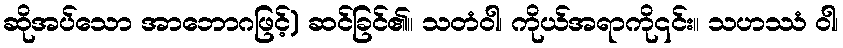
ဆိုအပ်သော အာဘောဂဖြင့်) ဆင်ခြင်၏။ သတံဝါ၊ ကိုယ်အရာကို၎င်း။ သဟဿံ ဝါ၊